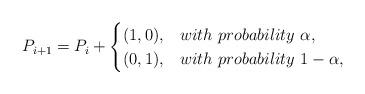
LaTeX: \begin{align*}P_{i+1}=P_i+\begin{cases}(1,0), & with\ probability\ \alpha,\\(0,1), & with\ probability\ 1-\alpha,\end{cases}\end{align*}